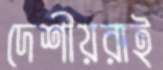
দেশীয়রাই